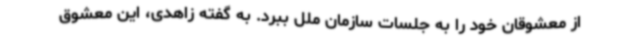
از معشوقان خود را به جلسات سازمان ملل ببرد. به گفته زاهدی، این معشوق